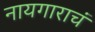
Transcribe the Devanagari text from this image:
नायगाराचं